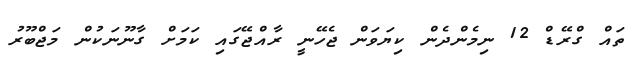
ތައް ގްރޭޑް 12 ނިމެންދެން ކިޔަވަން ޖެހޭނީ ރާއްޖޭގައި ކަމަށް ގާނޫނަކުން މަޖްބޫރު